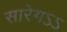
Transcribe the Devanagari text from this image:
सारेगऽऽ